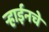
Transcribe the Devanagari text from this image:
ऱ्हाईनचे